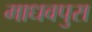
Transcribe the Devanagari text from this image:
माधवपुरा